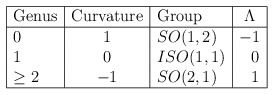
\begin{align*}\begin{array}{|l|c|l|c|}\hline {\rm Genus} & {\rm Curvature} & {\rm Group} & \Lambda \\ \hline0 & 1 & SO(1,2) & -1 \\1 & 0 & ISO(1,1) & \,\,\,\,0 \\\geq 2 & -1 & SO(2,1) &\,\,\,\, 1 \\\hline\end{array}\end{align*}